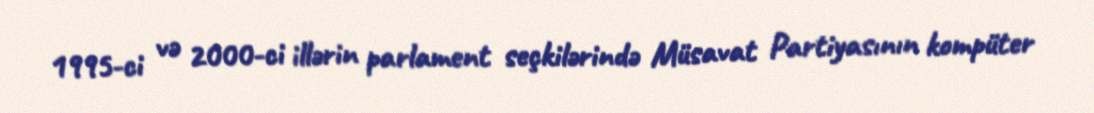
1995-ci və 2000-ci illərin parlament seçkilərində Müsavat Partiyasının kompüter